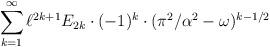
LaTeX: \begin{align*}\sum_{k = 1}^\infty \ell^{2k+1} E_{2k} \cdot (-1)^k \cdot (\pi^2 / \alpha^2 - \omega)^{k-1/2} \end{align*}